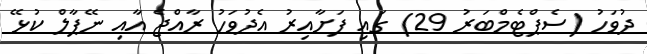
ދުވަހު (ސެޕްޓެމްބަރު 29) ގައި ފަށާއިރު އެދުވަހު ރާއްޖެ އާއި ނޭޕާލް ކުޅޭ